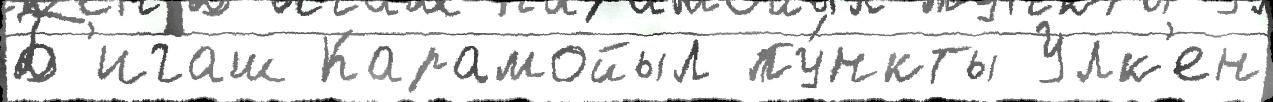
Б'игаш Карамойыл пу́нкты Улк'ен